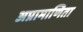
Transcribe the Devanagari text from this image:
अप्रामाणिता